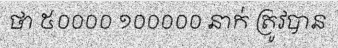
ថា ៥០០០០ ១០០០០០ នាក់ ត្រូវបាន